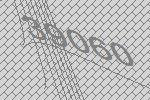
39060